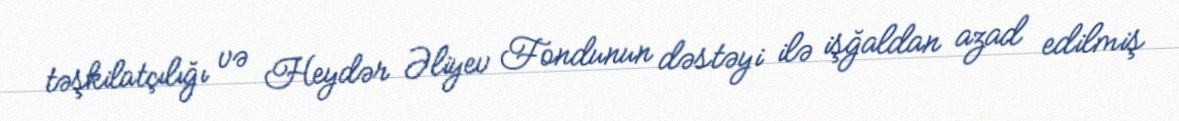
təşkilatçılığı və Heydər Əliyev Fondunun dəstəyi ilə işğaldan azad edilmiş